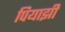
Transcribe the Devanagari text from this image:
पियाझी